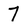
Character: 7